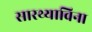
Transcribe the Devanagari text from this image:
सारथ्याविना